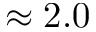
\approx 2 . 0